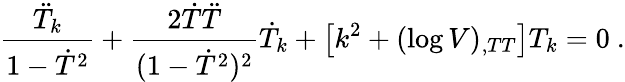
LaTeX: \frac{\ddot{T}_{k}}{1-\dot{T}^{2}}+\frac{2\dot{T}\ddot{T}}{(1-\dot{T}^{2})^{2}}\dot{T}_{k}+\left[k^{2}+(\log V)_{,TT}\right]T_{k}=0\ .